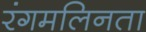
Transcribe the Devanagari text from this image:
रंगमलिनता